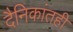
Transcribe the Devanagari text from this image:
दैनिकांतही